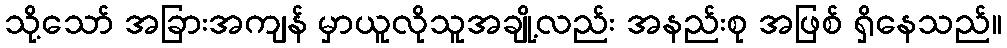
သို့သော် အခြားအကျန် မှာယူလိုသူအချို့လည်း အနည်းစု အဖြစ် ရှိနေသည်။